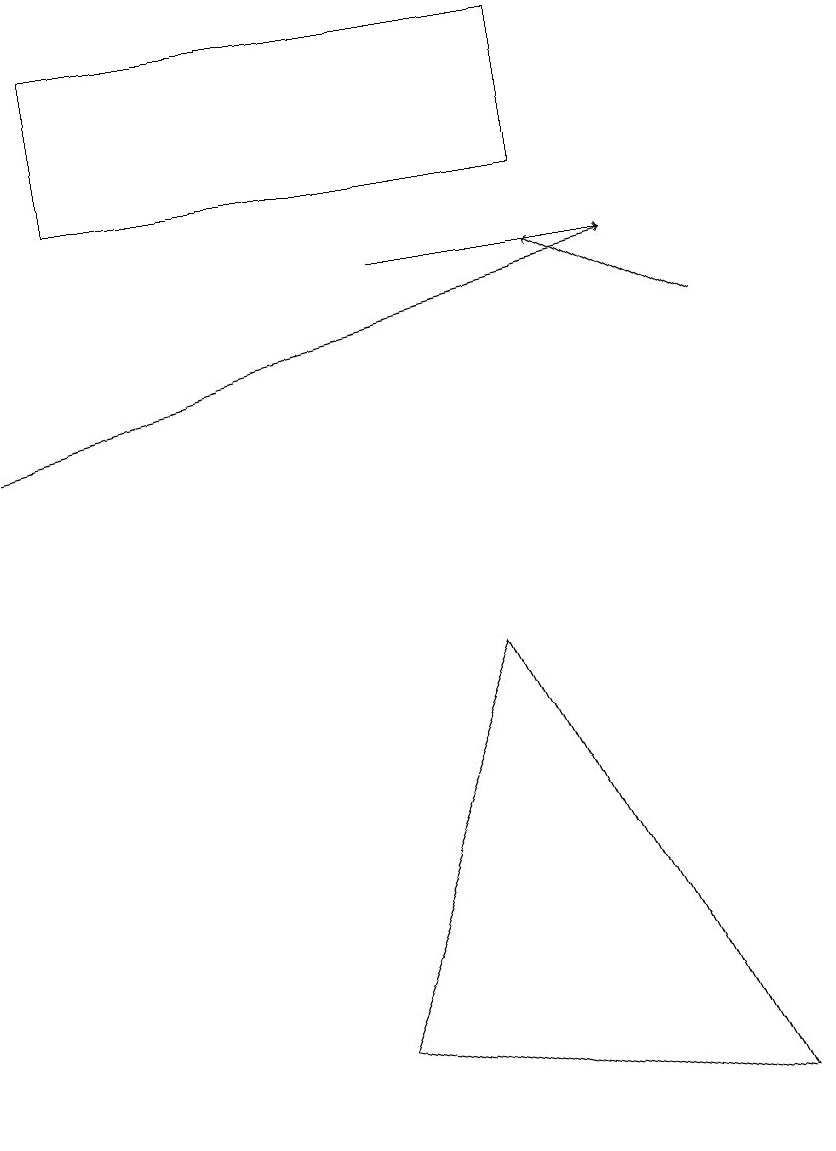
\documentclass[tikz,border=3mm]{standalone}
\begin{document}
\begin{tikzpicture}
\draw (10,12) circle (0);
\draw[->] (0,12) -- (8,14);
\draw (7,15) rectangle (1,17);
\draw (6,9) -- (9,3) -- (4,4) -- cycle;
\draw[->] (5,14) -- (8,14);
\draw[->] (9,13) -- (7,14);
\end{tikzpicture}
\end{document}